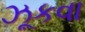
ઝૂકવા